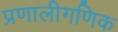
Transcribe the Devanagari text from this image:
प्रणालीगणिक